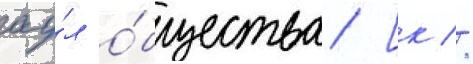
ау́л о́бщества [к //